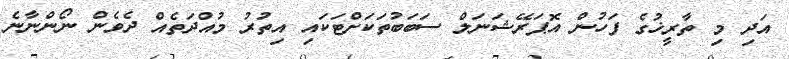
އަދި މި ތާރީޚުގެ ފަހުން އޮޕަރޭޝަނަލް ސަބަބުތަކަށްޓަކައި އިތުރު މުއްދަތެއް ދެވެން ނޯންނާނެ